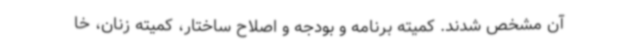
آن مشخص شدند. کمیته برنامه و بودجه و اصلاح ساختار، کمیته زنان، خا